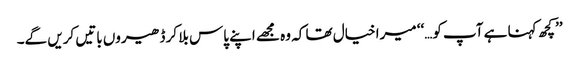
’’کچھ کہنا ہے آپ کو…‘‘ میرا خیال تھا کہ وہ مجھے اپنے پاس بلا کر ڈھیروں باتیں کریں گے۔